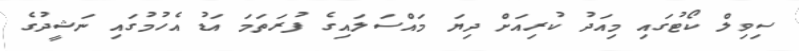
ސިވިލް ކޯޓުގައި މިއަދު ކުރިއަށް ދިޔަ މައްސަލައިގެ ފުރަތަމަ އަޑު އެހުމުގައި ނަޝީދުގެ